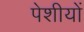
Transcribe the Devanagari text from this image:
पेशीयों